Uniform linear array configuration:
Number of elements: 8
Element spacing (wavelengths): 1
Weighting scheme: blackman
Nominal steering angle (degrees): -15
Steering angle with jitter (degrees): -15.388
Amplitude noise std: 0.05
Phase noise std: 0.05

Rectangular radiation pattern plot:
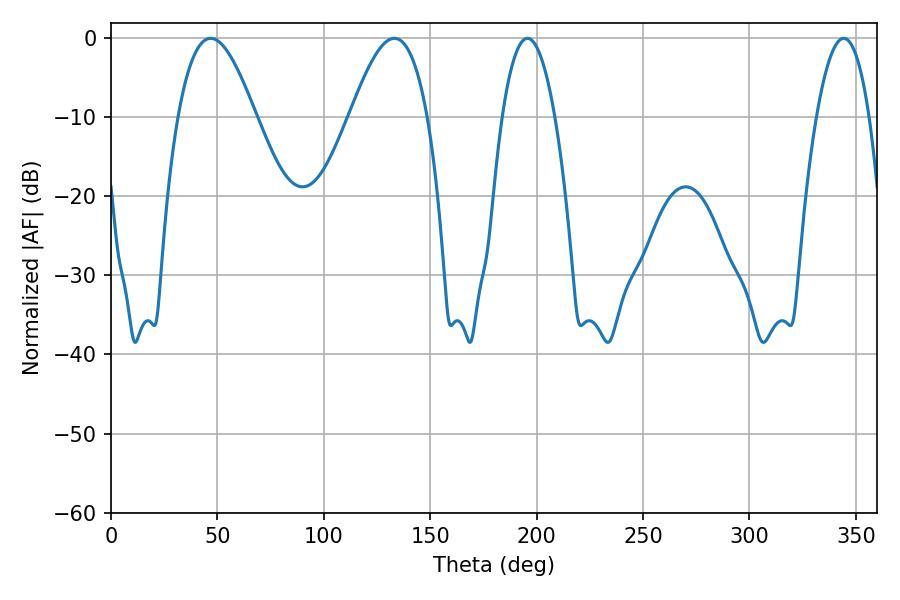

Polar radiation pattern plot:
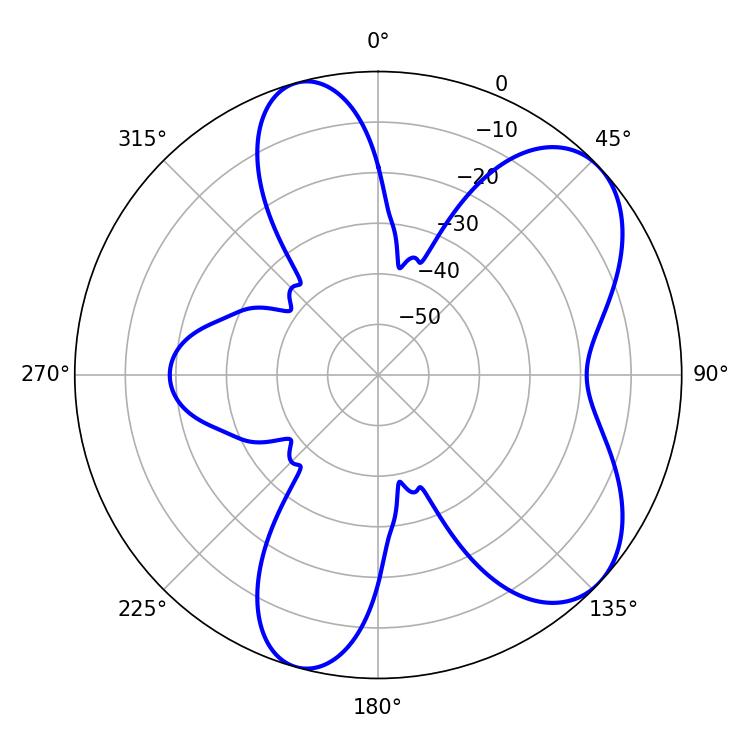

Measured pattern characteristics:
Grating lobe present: TRUE
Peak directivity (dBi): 6.777
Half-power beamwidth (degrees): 19.8
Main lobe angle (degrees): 46.8